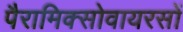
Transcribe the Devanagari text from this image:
पैरामिक्सोवायरसों